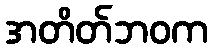
အတိတ်ဘဝက